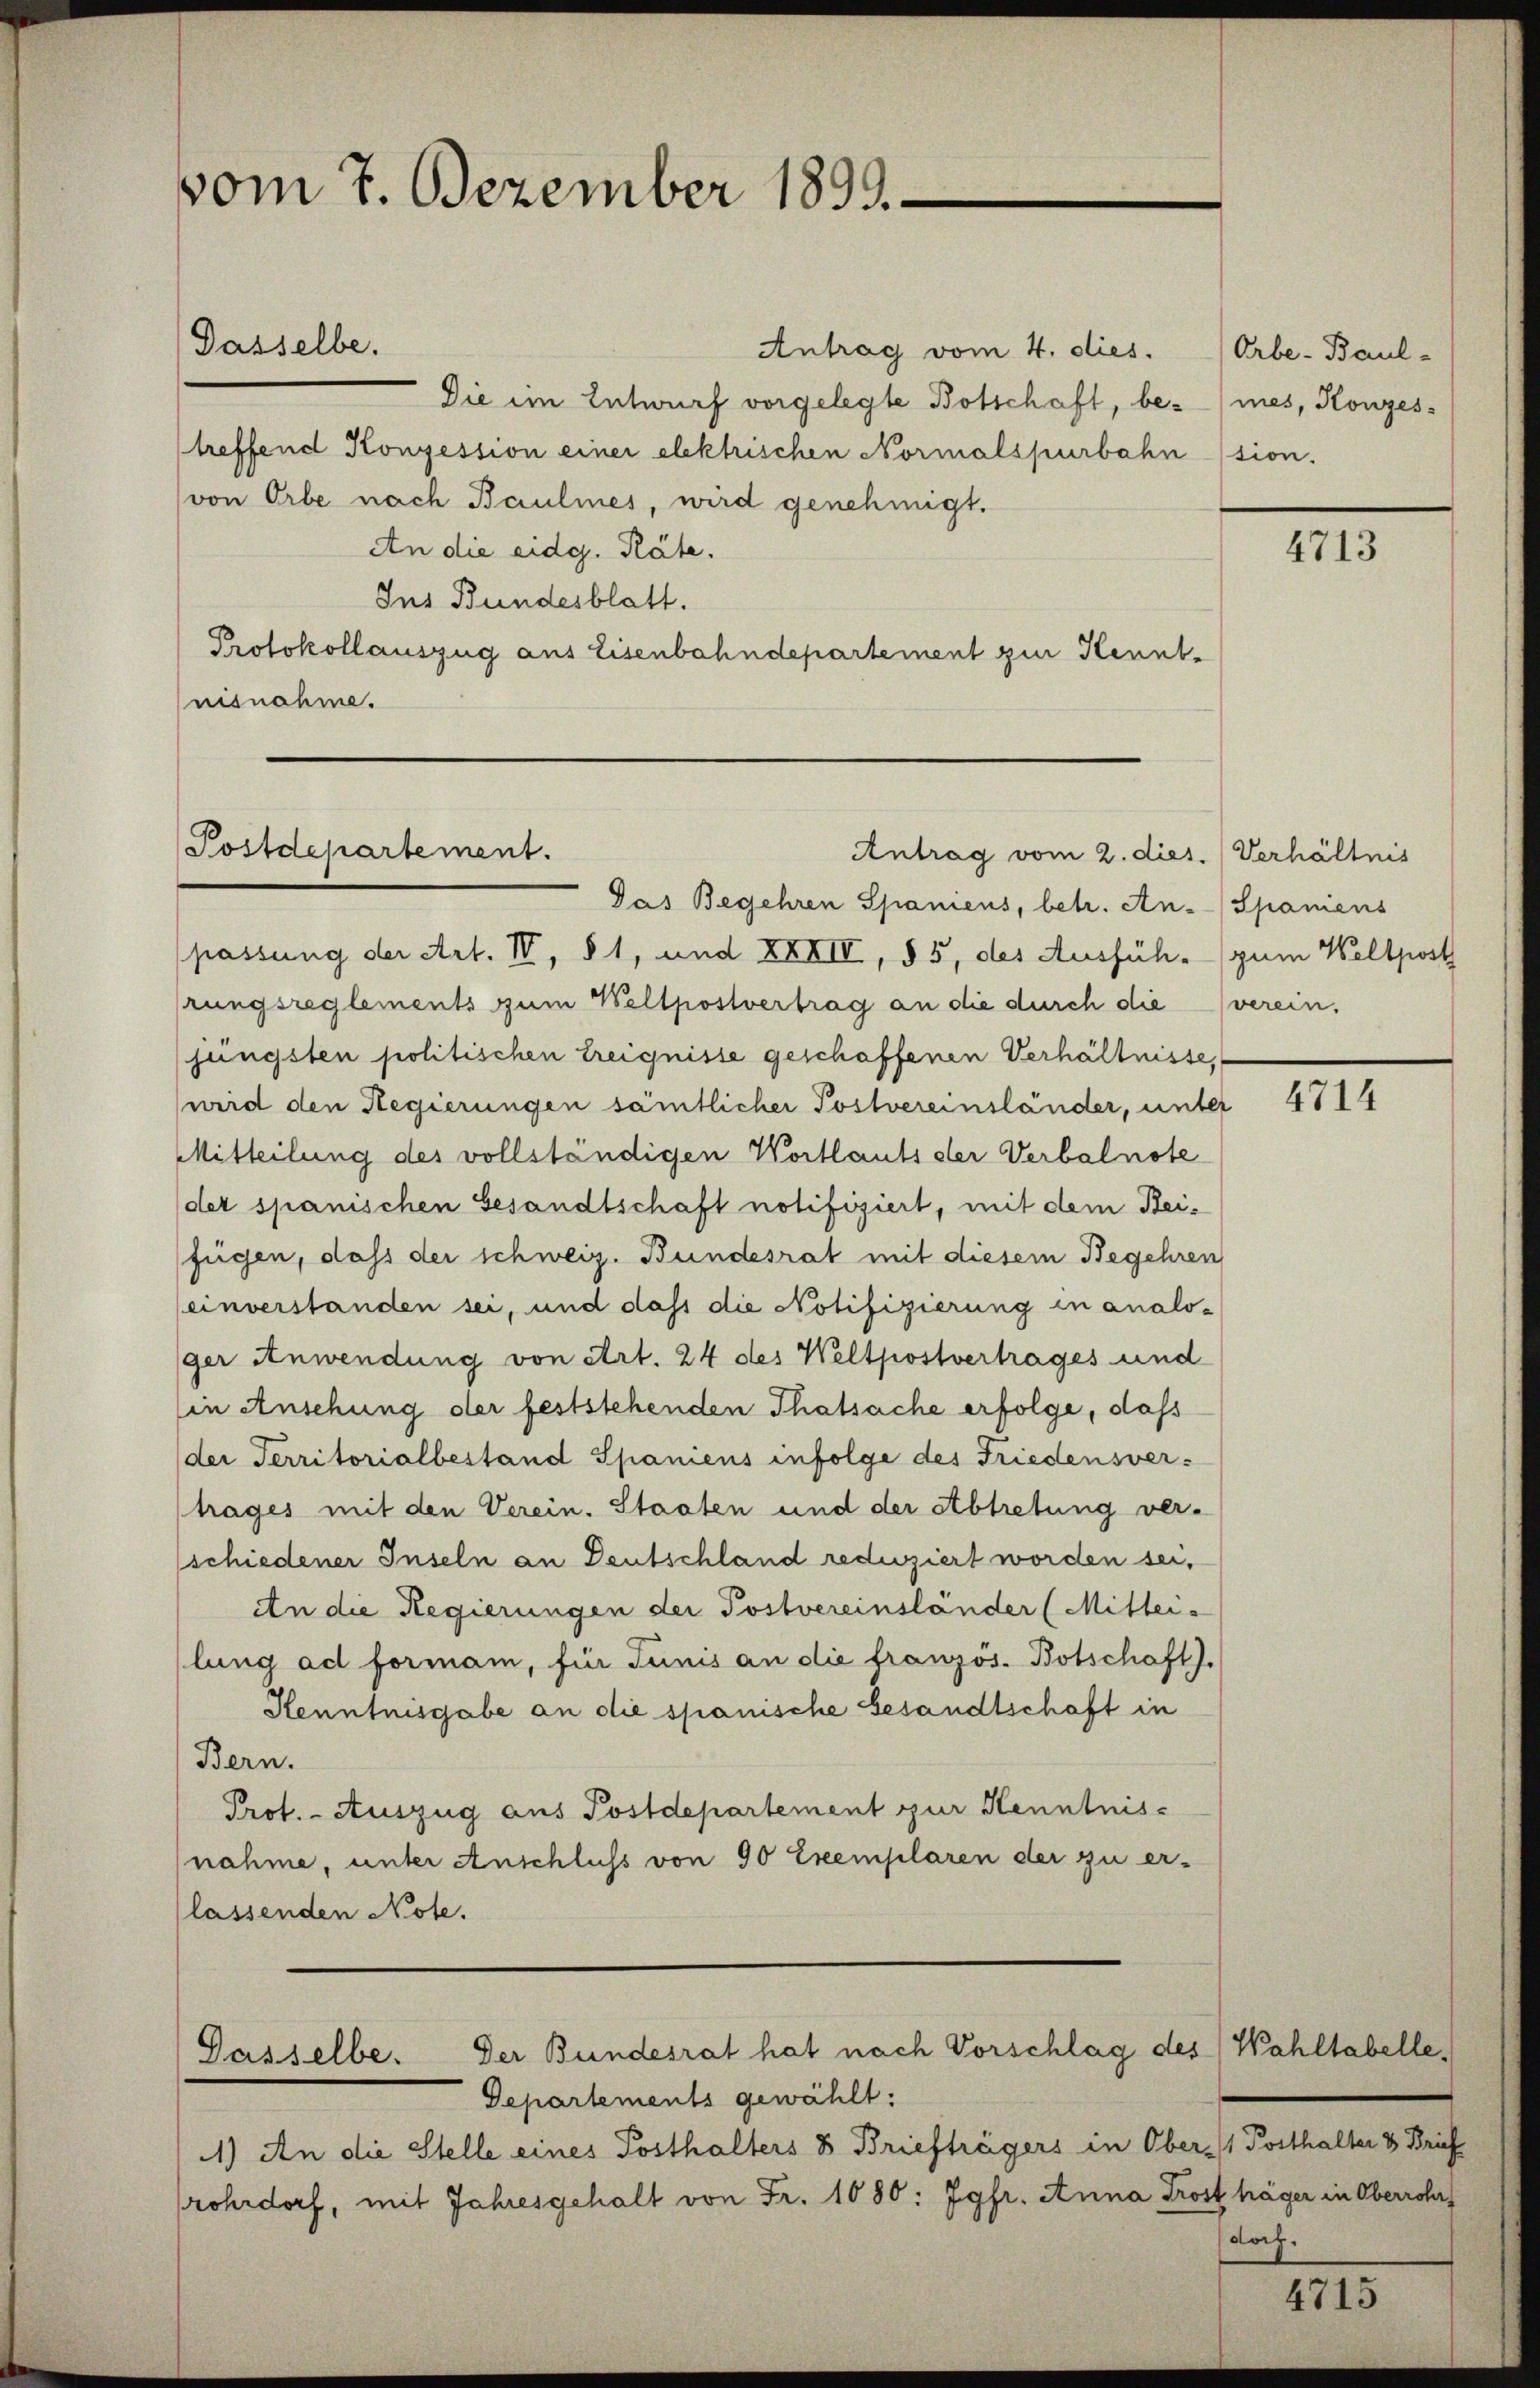
vom 7. Dezember 1899.

Dasselbe.

Antrag vom 4. dies.
Die im Entwurf vorgelegte Botschaft, be- (mes, Konzestreffend Konzession einer elektrischen Normalspurbahn
von Orbe nach Baulines, wird genehmigt.
An die eidg. Räte.
Ins Bundesblatt.
Protokollauszug aus Eisenbahndepartement zur Kenntnisnahme.

Postdepartement.

Antrag vom 2. dies. Verhältnis

Departements gewählt:
11) An die Stelle eines Posthalters & Briefträgers in O
rohrdorf, mit Jahresgehalt von Fr. 1080: Jgfr. Anna

Gasselbe. Der Bundesrat hat nach Vorschlag des Wahltabelle,

Orbe-Baul-
tion.

Pas Begehren Spaniens, betr. An- (Spaniens
passung der Art. IV, § 1, und XXVII, § 5, des Ausfüh- (zum Weltpost
rungsreglements zum Weltpostvertrag an die durch die verein.
jüngsten politischen Ereignisse geschaffenen Verhältnisse,
weid den Regierungen sämtlicher Postvereinsländer, unter
Mitteilung des vollständigen Wortlauts der Verbalnote
det spanischen Gesandtschaft notifiziert, mit dem Beifügen, dass der schweiz. Bundesrat mit diesem Begehren
(einverstanden sei, und dass die Notifizierung in analo-
ger Anwendung von Art. 24 des Weltpostvertrages und
in Ansehung der feststehenden Thatsache erfolge, dass
der Territorialbestand Spaniens infolge des Friedensvertrages mit den Verein. Staaten und der Abtretung ver-
schiedener Inseln an Deutschland reduziert worden sei,
An die Regierungen der Postvereinsländer (Mittei-
lung ad formann, für Tunis an die französ. Botschaft).
Kenntnisgabe an die spanische Gesandtschaft in
Bern.
Prot. - Auszug aus Postdepartement zur Kenntnis-
nahme, unter Anschluss von 90 Exemplaren der zu er-
lassenden Note.

4713

4714

ber, 1 Posthalter 3 Brief
Trost häger in Oberrohr
(doch.

4715